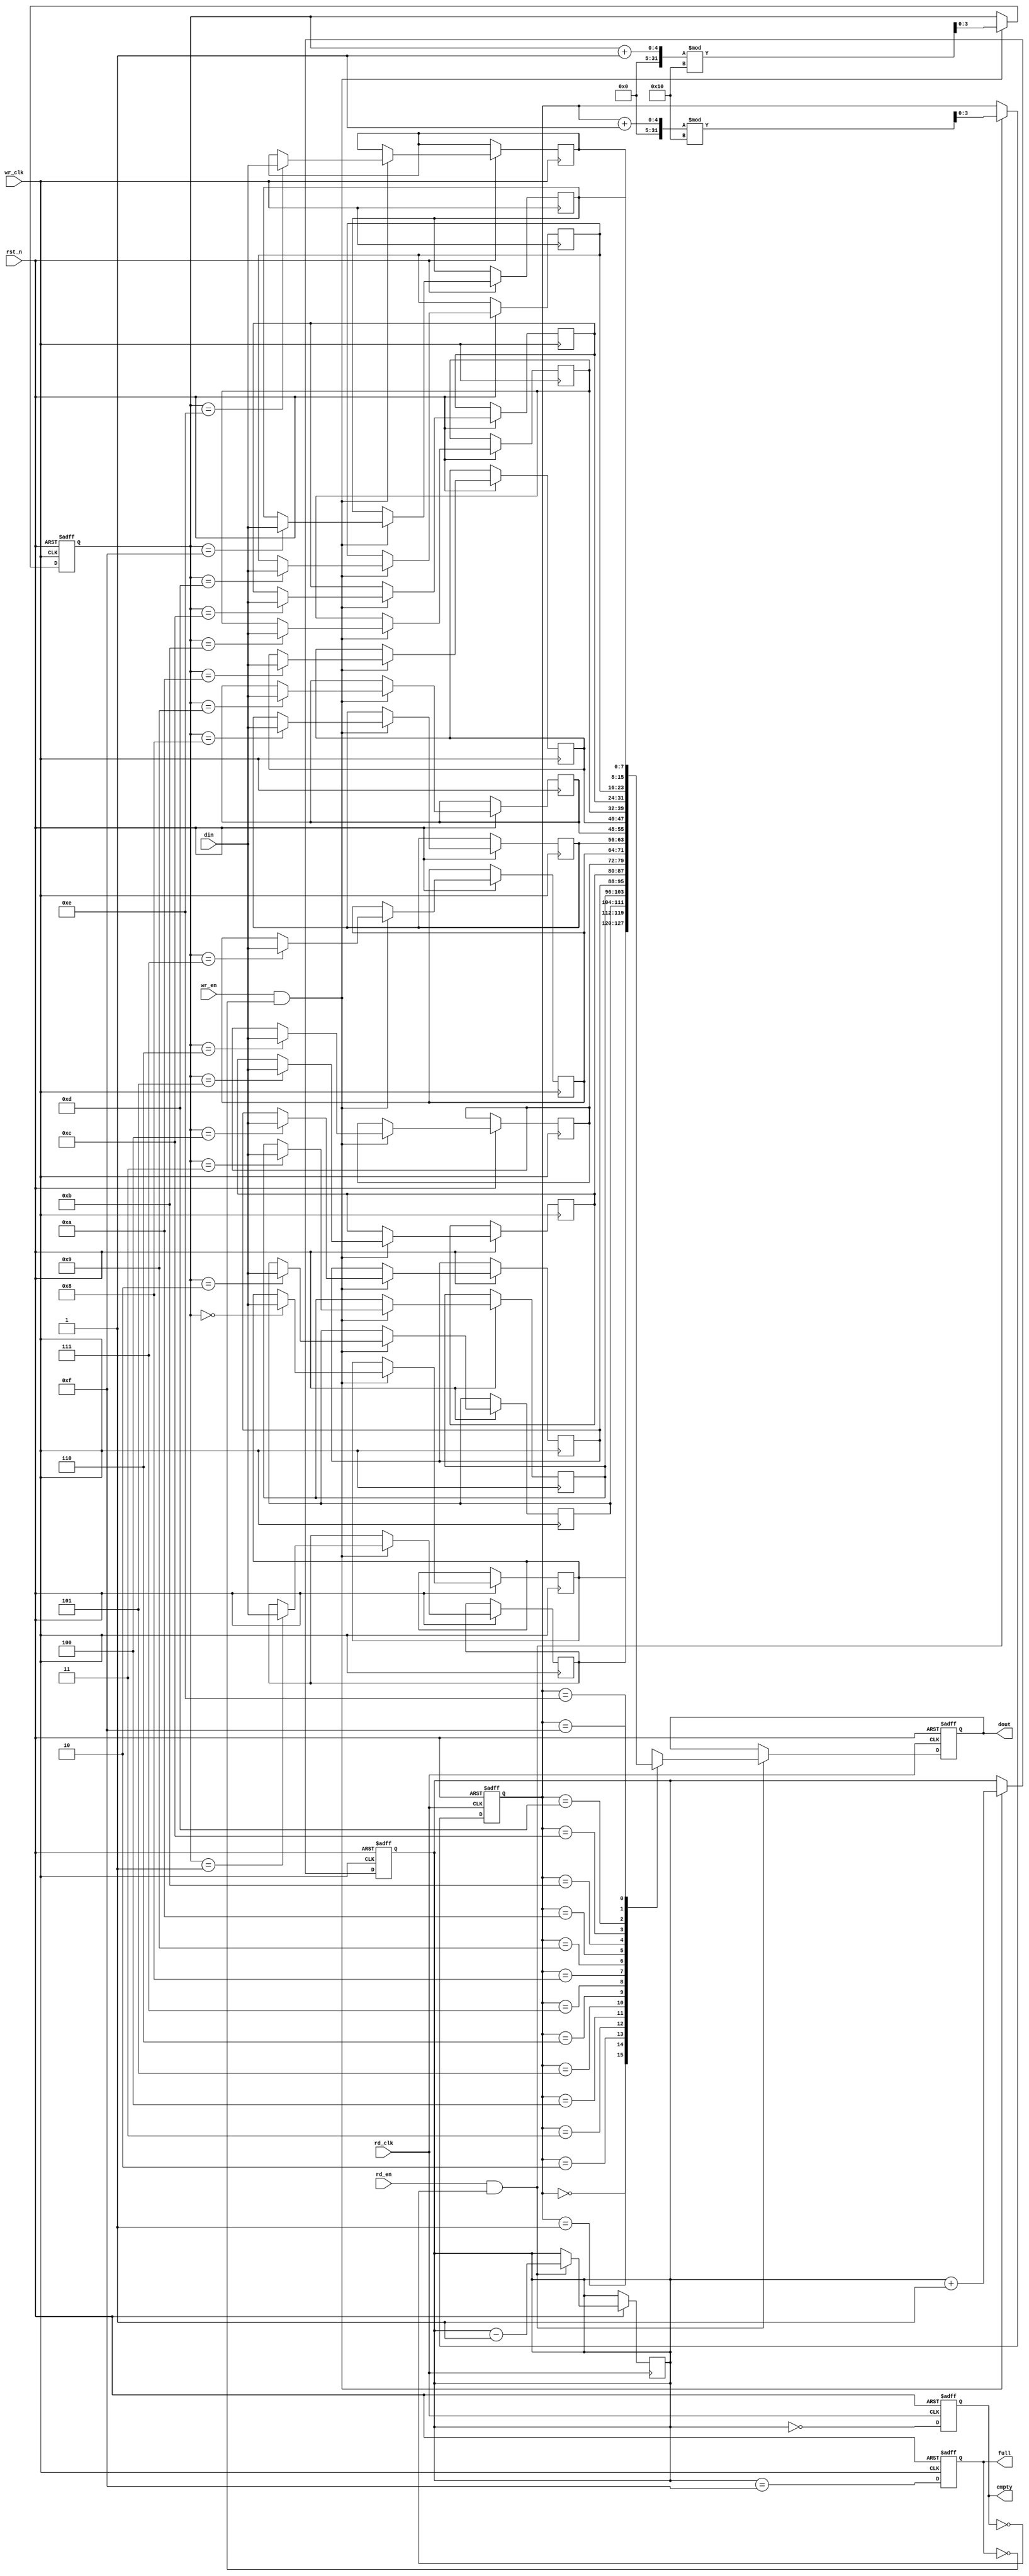
module dual_clock_fifo #(
    parameter DATA_WIDTH = 8, // Width of the data
    parameter DEPTH = 16       // Depth of the FIFO (must be a power of 2)
)(
    input wire wr_clk,           // Write clock
    input wire rd_clk,           // Read clock
    input wire rst_n,            // Active-low reset
    input wire wr_en,            // Write enable
    input wire rd_en,            // Read enable
    input wire [DATA_WIDTH-1:0] din,  // Data input
    output reg [DATA_WIDTH-1:0] dout,  // Data output
    output reg full,             // FIFO Full flag
    output reg empty             // FIFO Empty flag
);

    // Pointer registers
    reg [DATA_WIDTH-1:0] fifo_mem [0:DEPTH-1];
    reg [clog2(DEPTH)-1:0] wr_ptr, rd_ptr;
    reg [clog2(DEPTH)-1:0] count;

    // Function to calculate log base 2
    function integer clog2(input integer value);
        begin
            value = value - 1;
            for (clog2 = 0; value > 0; clog2 = clog2 + 1)
                value = value >> 1;
        end
    endfunction

    // Synchronous reset
    always @(posedge wr_clk or negedge rst_n) begin
        if (!rst_n) begin
            wr_ptr <= 0;
            count <= 0;
            full <= 0;
        end else begin
            if (wr_en && !full) begin
                fifo_mem[wr_ptr] <= din; // Write data to FIFO
                wr_ptr <= (wr_ptr + 1) % DEPTH; // Update write pointer
                count <= count + 1; // Increment count
            end
            // Update Full Flag
            full <= (count == DEPTH - 1);
        end
    end

    // Read Operation
    always @(posedge rd_clk or negedge rst_n) begin
        if (!rst_n) begin
            rd_ptr <= 0;
            dout <= 0;
            empty <= 1;
        end else begin
            if (rd_en && !empty) begin
                dout <= fifo_mem[rd_ptr]; // Read data from FIFO
                rd_ptr <= (rd_ptr + 1) % DEPTH; // Update read pointer
                count <= count - 1; // Decrement count
            end
            // Update Empty Flag
            empty <= (count == 0);
        end
    end

    // Synchronization for Full and Empty Flags
    reg full_sync, empty_sync;
    
    always @(posedge rd_clk or negedge rst_n) begin
        if (!rst_n) begin
            full_sync <= 0;
            empty_sync <= 1;
        end else begin
            full_sync <= full;
            empty_sync <= empty;
        end
    end

endmodule